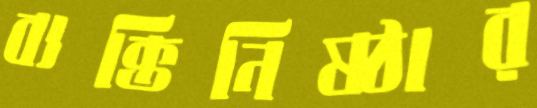
ব্যক্তিনিষ্ঠার